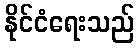
နိုင်ငံရေးသည်